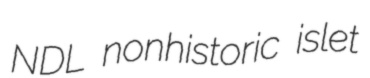
NDL nonhistoric islet